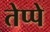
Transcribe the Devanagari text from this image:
तेप्पे